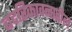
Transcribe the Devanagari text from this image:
बदरिकावनातील